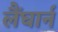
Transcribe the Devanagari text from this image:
लैंघार्न